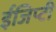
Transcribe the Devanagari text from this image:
ईजिप्टी